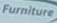
Furniture